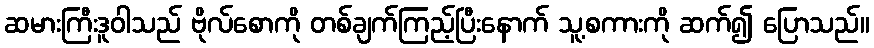
ဆမားကြီးဒူဝါသည် ဗိုလ်စောကို တစ်ချက်ကြည့်ပြီးနောက် သူ့စကားကို ဆက်၍ ပြောသည်။